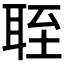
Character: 𬚘